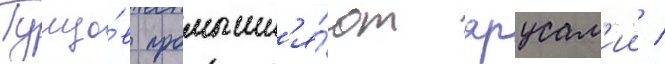
Тунцо́в промышл'я́ют ярусам'ии /